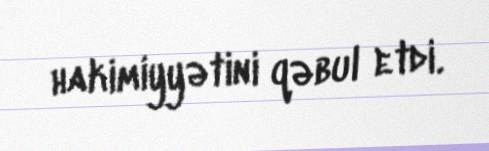
hakimiyyətini qəbul etdi.